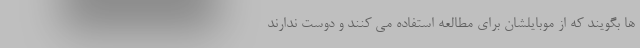
ها بگویند که از موبایلشان برای مطالعه استفاده می کنند و دوست ندارند